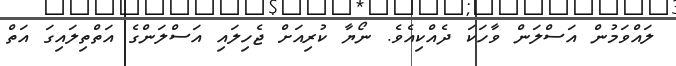
ލައްވަމުން އަސްލަން ވާހަކަ ދެއްކިއެވެ. ނޯޔާ ކުރިއަށް ޖެހިލައި އަސްލަންގެ އަތްތިލައިގަ އަތް